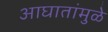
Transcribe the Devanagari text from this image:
आघातांमुळे